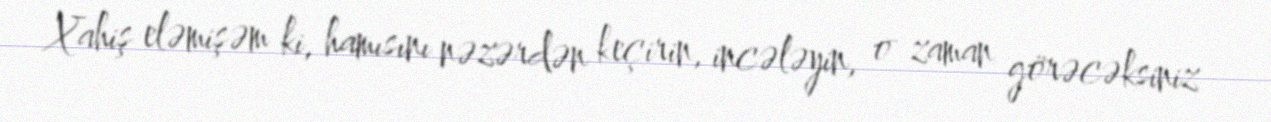
Xahiş eləmişəm ki, hamısını nəzərdən keçirin, incələyin, o zaman görəcəksiniz